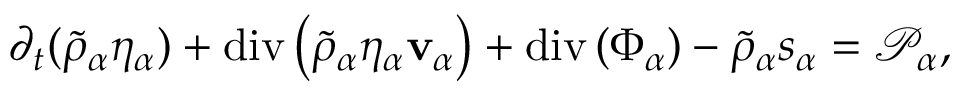
\begin{array} { r } { \partial _ { t } ( \tilde { \rho } _ { \alpha } \eta _ { \alpha } ) + \mathrm { d i v } \left( \tilde { \rho } _ { \alpha } \eta _ { \alpha } \mathbf { v } _ { \alpha } \right) + \mathrm { d i v } \left( \boldsymbol { \Phi } _ { \alpha } \right) - \tilde { \rho } _ { \alpha } s _ { \alpha } = \mathscr { P } _ { \alpha } , } \end{array}